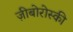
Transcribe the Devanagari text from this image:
ज़ीबोरोस्‍की